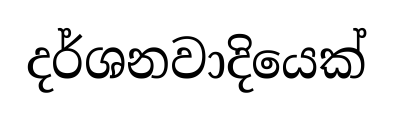
දර්ශනවාදියෙක්